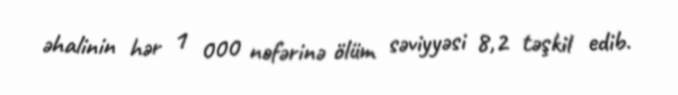
əhalinin hər 1 000 nəfərinə ölüm səviyyəsi 8,2 təşkil edib.